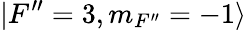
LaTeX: |F^{\prime\prime}=3,m_{F^{\prime\prime}}=-1\rangle